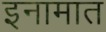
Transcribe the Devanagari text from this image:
इनामात